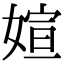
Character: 媗